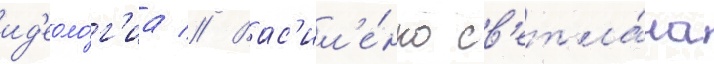
ид'еоло́г'иа // Вас'ил'е́нко св'етла́на